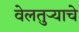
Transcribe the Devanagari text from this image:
वेलतुऱ्याचे